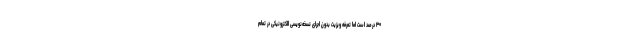
۳۰ درصد است اما تعرفه ویزیت بدون اجرای نسخه‌نویسی الکترونیکی در تمام